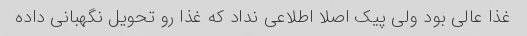
غذا عالی بود ولی پیک اصلا اطلاعی نداد که غذا رو تحویل نگهبانی داده